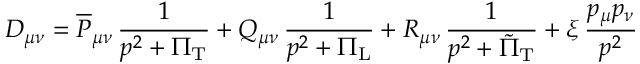
D _ { \mu \nu } = \overline { { { P } } } _ { \mu \nu } \, \frac { 1 } { p ^ { 2 } + \Pi _ { \mathrm { T } } } + Q _ { \mu \nu } \, \frac { 1 } { p ^ { 2 } + \Pi _ { \mathrm { L } } } + R _ { \mu \nu } \, \frac { 1 } { p ^ { 2 } + \tilde { \Pi } _ { \mathrm { T } } } + \xi \, \frac { p _ { \mu } p _ { \nu } } { p ^ { 2 } }